Riigikantselei, lk 166
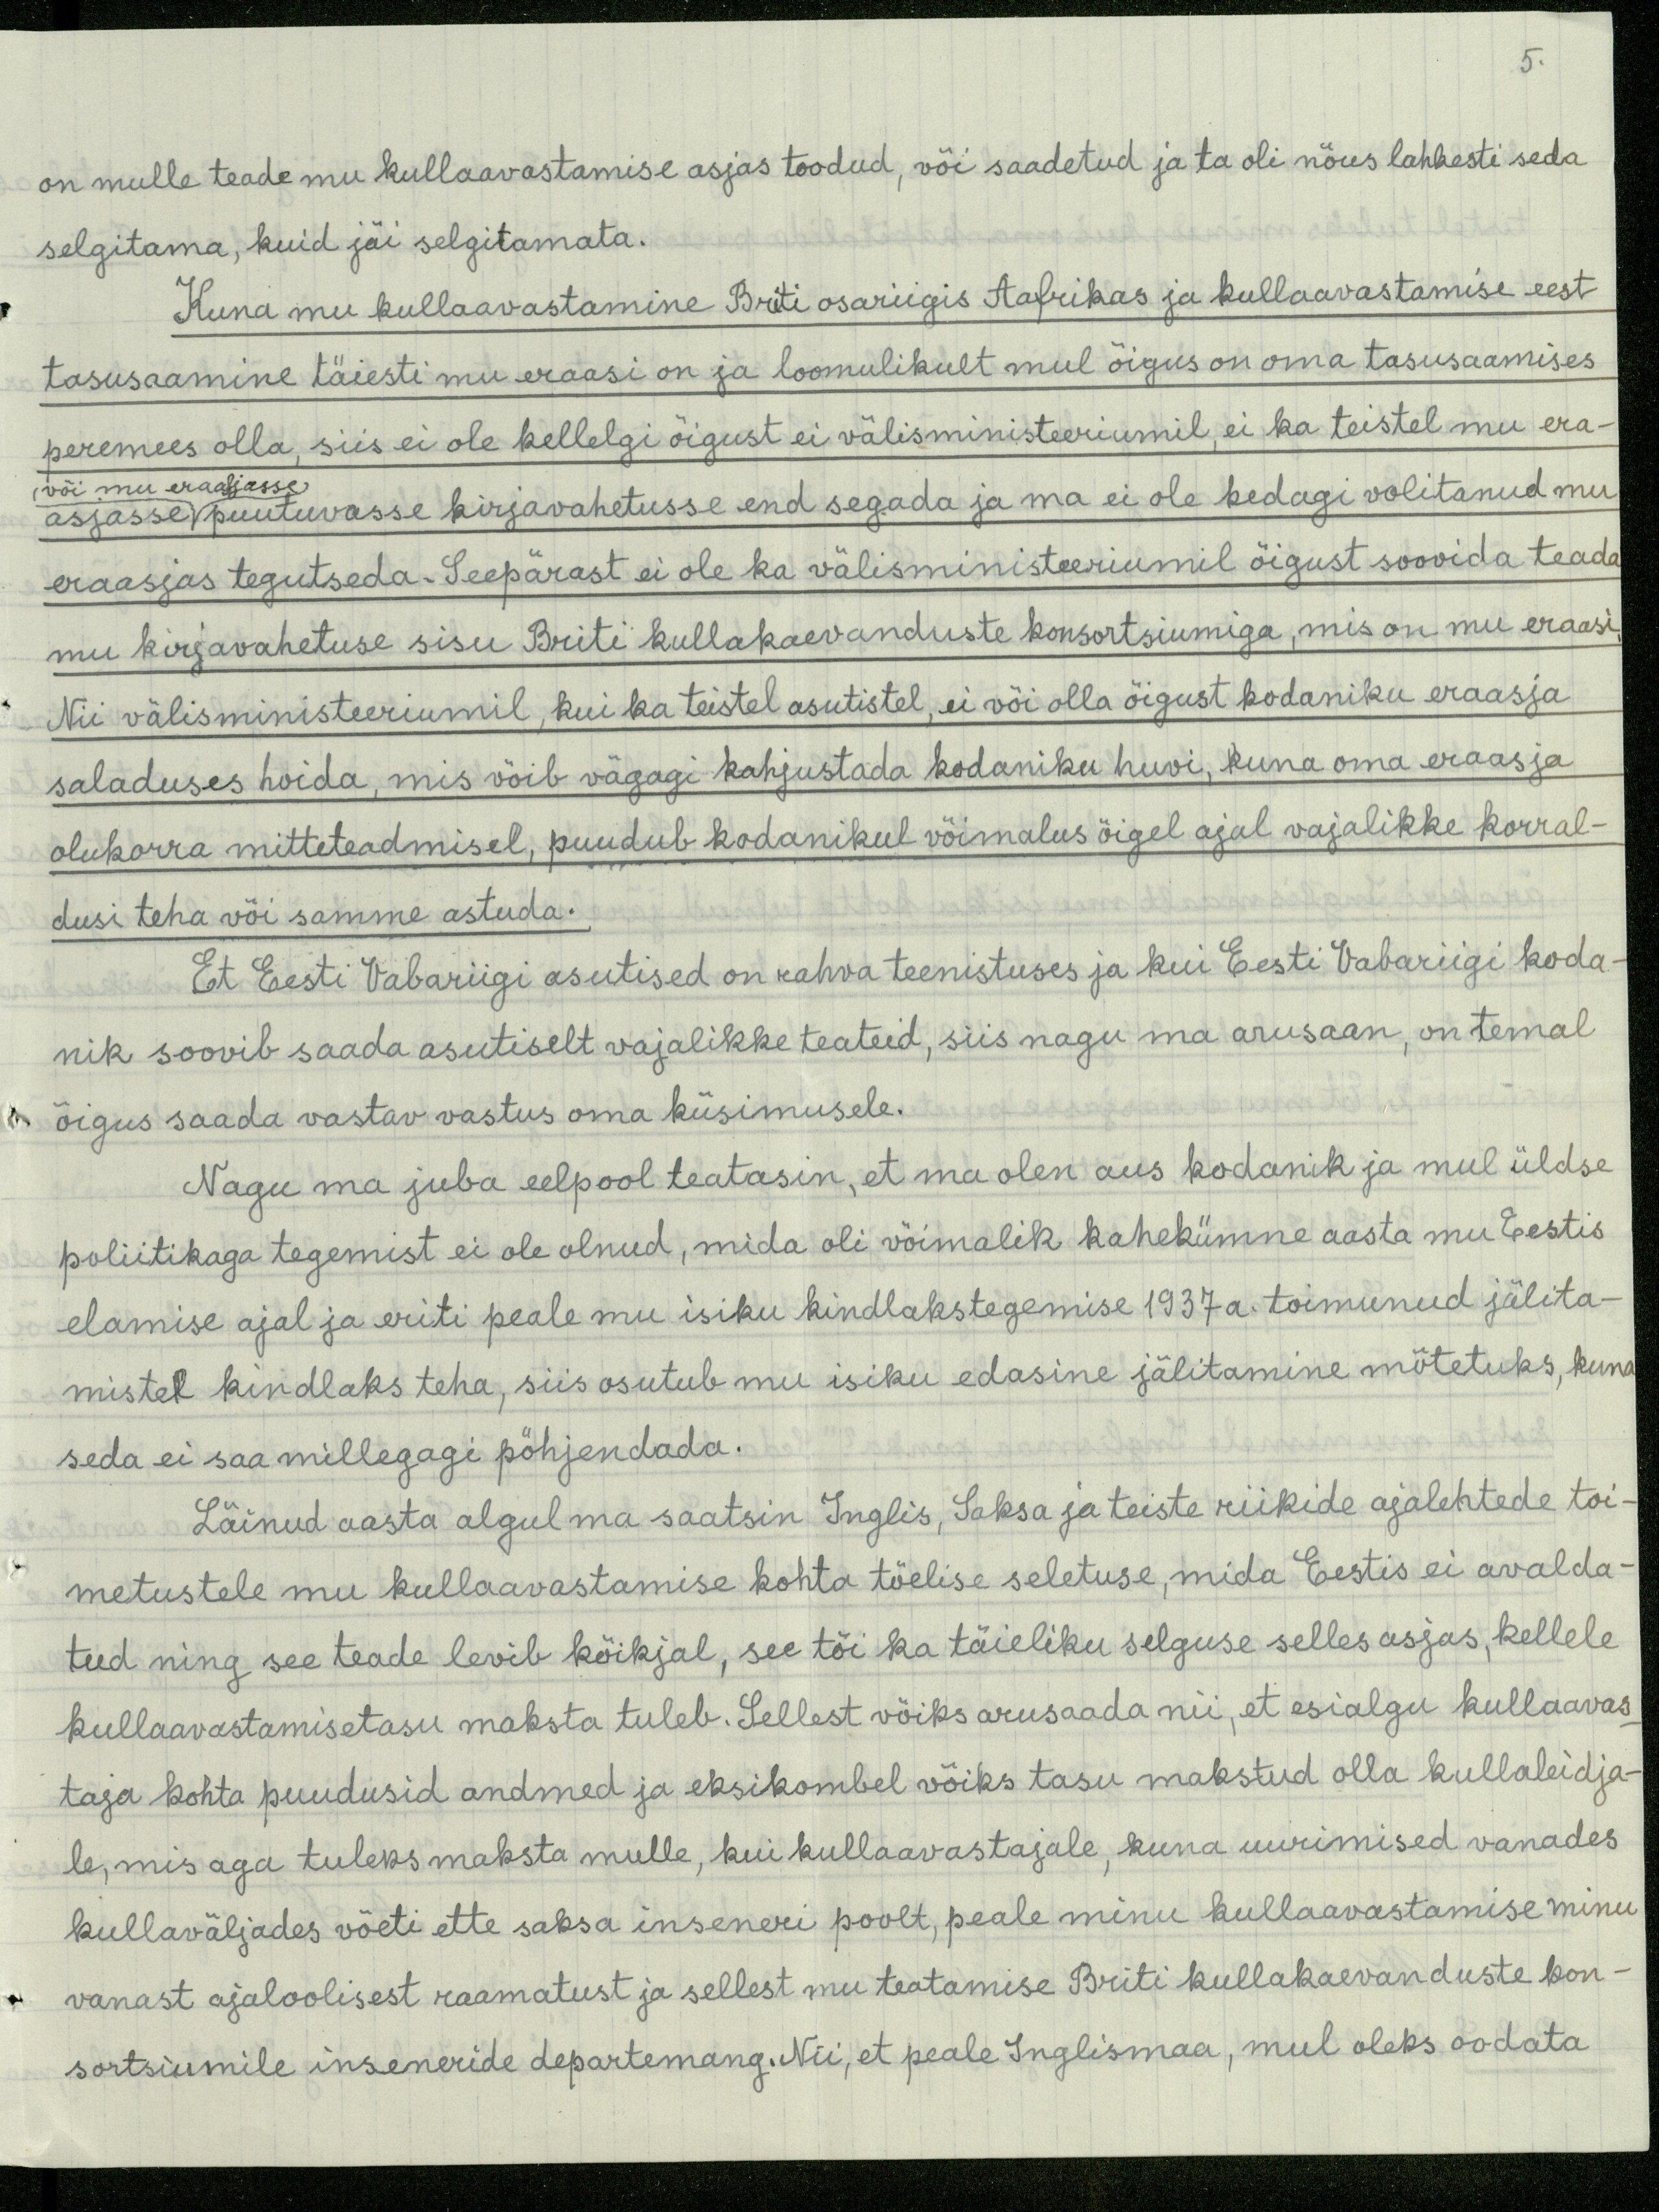
5.

on mulle teade mu kullaavastamise asjas toodud, või saadetud ja ta oli nõus lahhesti seda
selgitama, kuid jäi selgitamata.
Kuna mu kullaavastamine Briti osariigis Aafrikas ja kullaavastamise eest
tasusaamine täiesti mu eraasi on ja loomulikult mul õigus on oma tasusaamises
peremees olla, siis ei ole kellelgi õigust ei välisministeeriumil, ei ka teistel mu era-
või mu erasjasse
asjasse puutuvasse kirjavahetusse end segada ja ma ei ole kedagi volitanud mu
eraasjas tegutseda. Seepärast ei ole ka välisministeeriumil õigust soovida teada
mu kirjavahetuse sisu Briti kullapäevanduste konsortsiumiga, mis on mu eraasi
Nii välisministeeriumil, kui ka teistel asutistel, ei või olla õigust kodaniku eraasja
saladuses hoida, mis võib vägagi kahjustada kodaniku huvi, kuna oma eraasja
olukorra mitteteadmisel, puudub kodanikul võimalus õigel ajal vajalikke korral-
dusi teha või samme astuda.
Et Eesti Vabariigi asutised on rahva teenistuses ja kui Eesi Vabariigi koda-
nik soovib saada asutiselt vajalikke teateid, siis nagu ma arusaan, on temal
õigus saada vastav vastus oma küsimusele.
Nagu ma juba eelpool teatasin, et ma olen aus kodanik ja mul üldse
poliitikaga tegemist ei ole olnud, mida oli võimalik kahekümne aasta mu Eestis
elamise ajal ja eriti peale mu isiku kindlakstegemise 1937 a. toimunud jälita-
mistel kindlaks teha, siis osutub mu isiku edasine jälitamine mõtetuks, kuna
seda ei saa millegagi põhjendada.
Läinud aasta algul ma saatsin Inglis, Saksa ja teiste riikide ajalehtede toi-
metustele mu kullaavastamise kohta tõelise seletuse, mida Eestis ei avalda-
tud ning see teade levib kõikjal, see tõi ka täieliku selguse selles asjas, kellele
kullaavastamisetasu maksta tuleb. Sellest võiks arusaada nii, et esialgu kullaavas
taja kohta puudusid andmed ja eksikombel võiks tasu makstud olla kullaleidja
le, mis aga tuleks maksta mulle, kui kullaavastajale, kuna uurimised vanades
kullaväljades võeti ette saksa inseneri poolt, peale minu kullaavastamise minu
vanast ajaloolisest raamatust ja sellest mu teatamise Briti kullakaevanduste kon-
sortsiumile inseneride departemang. Nii, et peale Inglismaa, mul oleks oodata